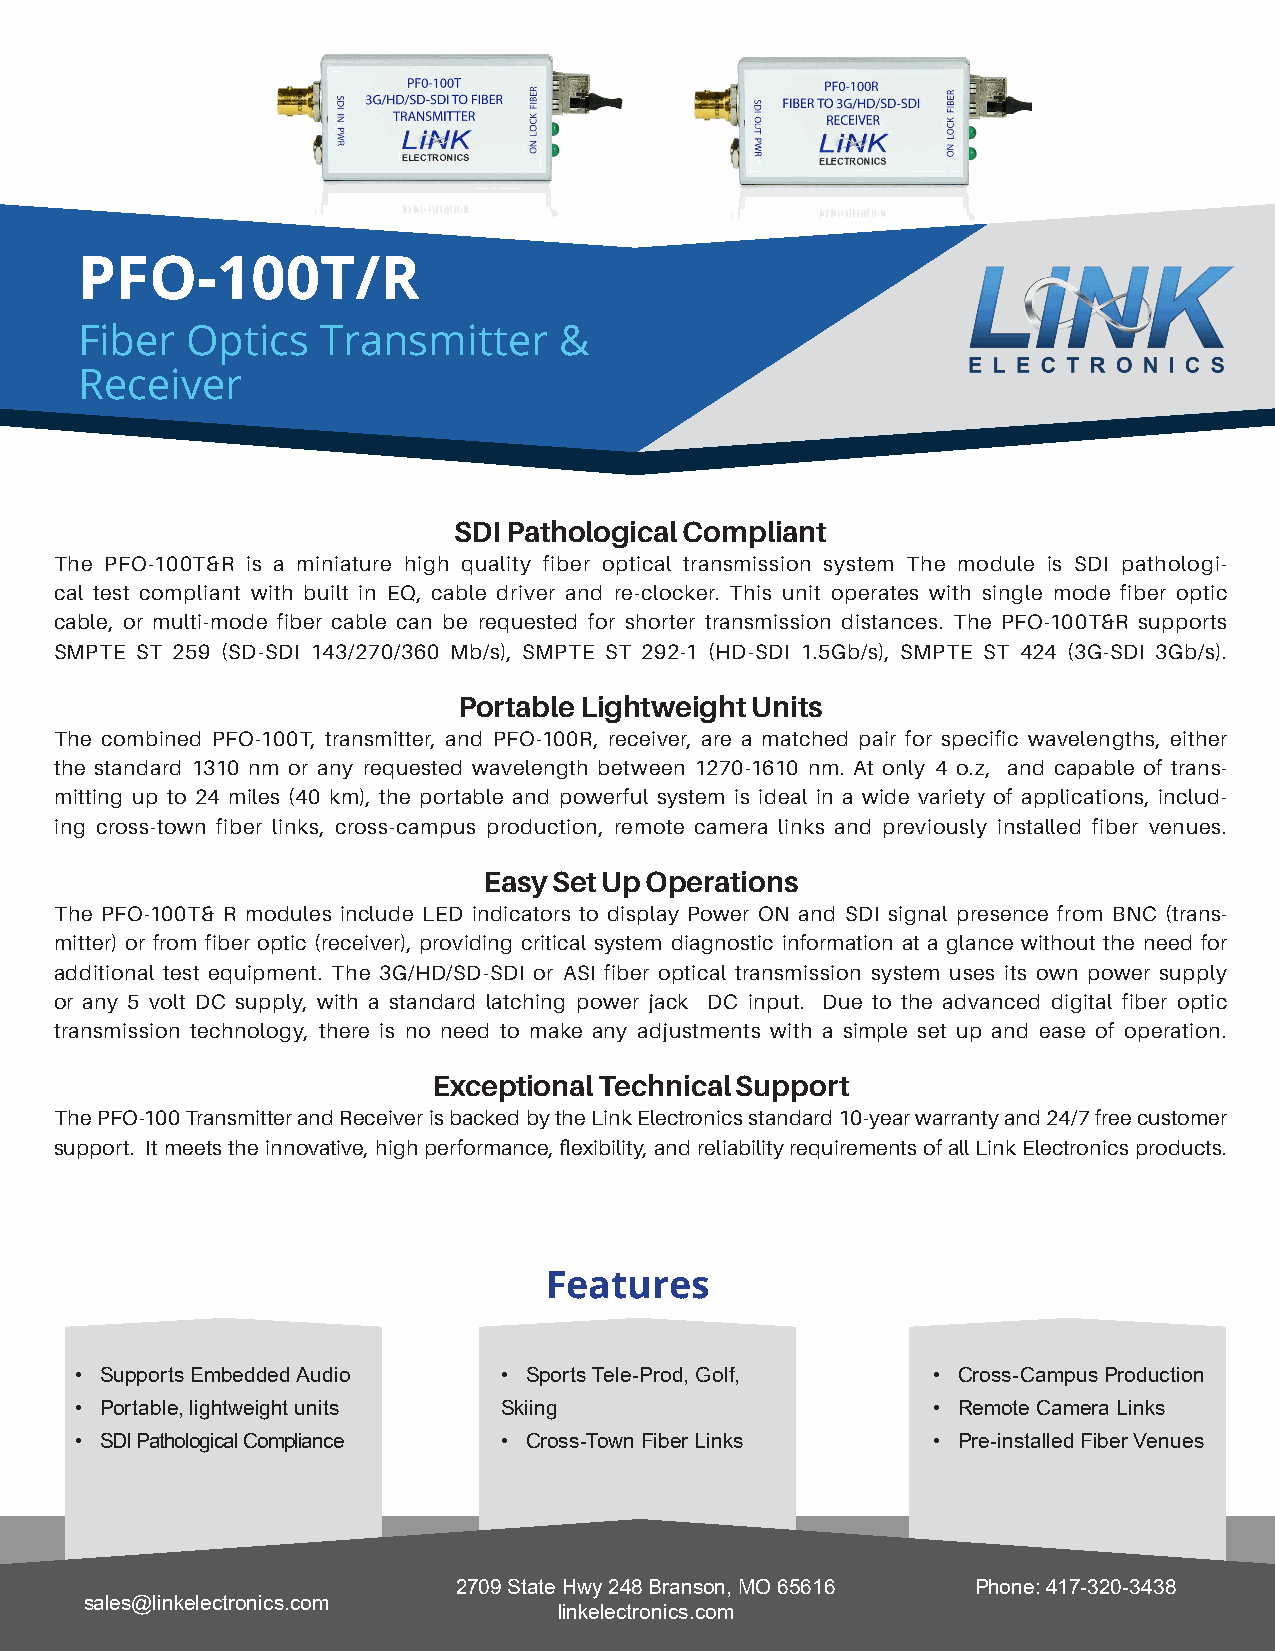
PFO-100T/R
 Fiber  Optics   Transmitter     &
 Receiver
 SDI Pathological Compliant
 The PFO-100T&R is a miniature high quality fiber optical transmission system The module is SDI pathologi-
 cal test compliant with built in EQ, cable driver and re-clocker. This unit operates with single mode fiber optic
 cable, or multi-mode fiber cable can be requested for shorter transmission distances. The PFO-100T&R supports
 SMPTE ST 259 (SD-SDI 143/270/360 Mb/s), SMPTE ST 292-1 (HD-SDI 1.5Gb/s), SMPTE ST 424 (3G-SDI 3Gb/s).
 Portable Lightweight Units
 The combined PFO-100T, transmitter, and PFO-100R, receiver, are a matched pair for specific wavelengths, either
 the standard 1310 nm or any requested wavelength between 1270-1610 nm. At only 4 o.z, and capable of trans-
 mitting up to 24 miles (40 km), the portable and powerful system is ideal in a wide variety of applications, includ-
 ing cross-town fiber links, cross-campus production, remote camera links and previously installed fiber venues.
 Easy Set Up Operations
 The PFO-100T& R modules include LED indicators to display Power ON and SDI signal presence from BNC (trans-
 mitter) or from fiber optic (receiver), providing critical system diagnostic information at a glance without the need for
 additional test equipment. The 3G/HD/SD-SDI or ASI fiber optical transmission system uses its own power supply
 or any 5 volt DC supply, with a standard latching power jack DC input. Due to the advanced digital fiber optic
 transmission technology, there is no need to make any adjustments with a simple set up and ease of operation.
 Exceptional Technical Support
 The PFO-100 Transmitter and Receiver is backed by the Link Electronics standard 10-year warranty and 24/7 free customer
 support. It meets the innovative, high performance, flexibility, and reliability requirements of all Link Electronics products.
 Features
 • Supports Embedded Audio   • Sports Tele-Prod, Golf,    • Cross-Campus Production
 • Portable, lightweight units Skiing                     • Remote Camera Links
 • SDI Pathological Compliance • Cross-Town Fiber Links   • Pre-installed Fiber Venues
 2709 State Hwy 248 Branson, MO 65616 Phone: 417-320-3438
 sales@linkelectronics.com
 linkelectronics.com